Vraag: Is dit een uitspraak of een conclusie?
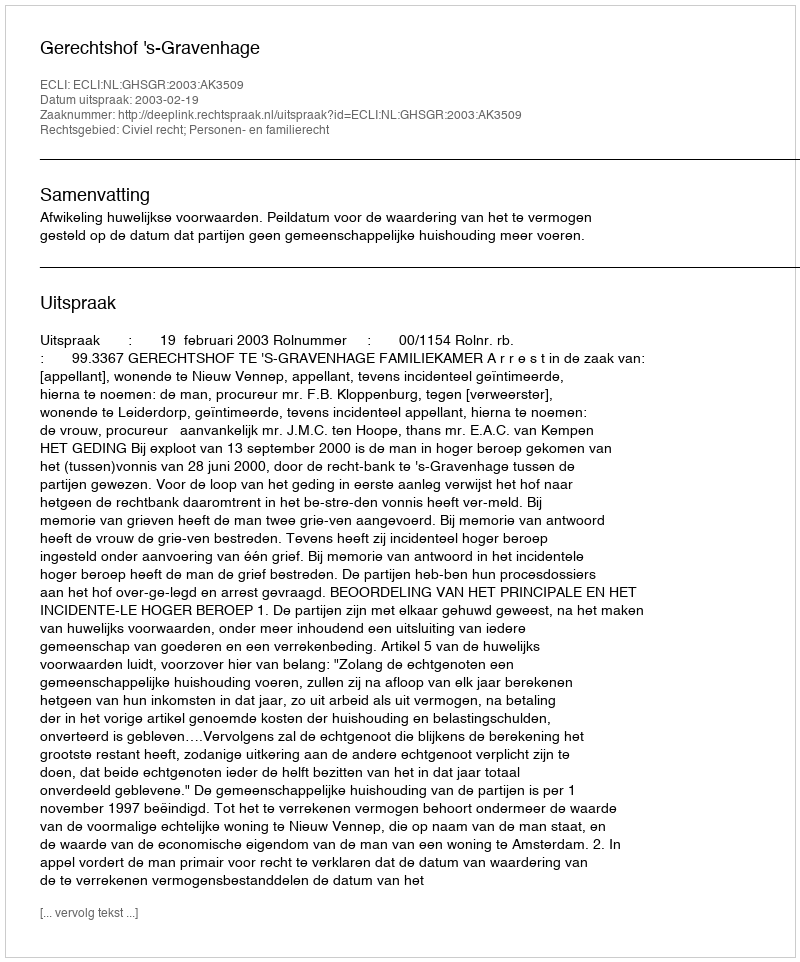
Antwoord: Uitspraak